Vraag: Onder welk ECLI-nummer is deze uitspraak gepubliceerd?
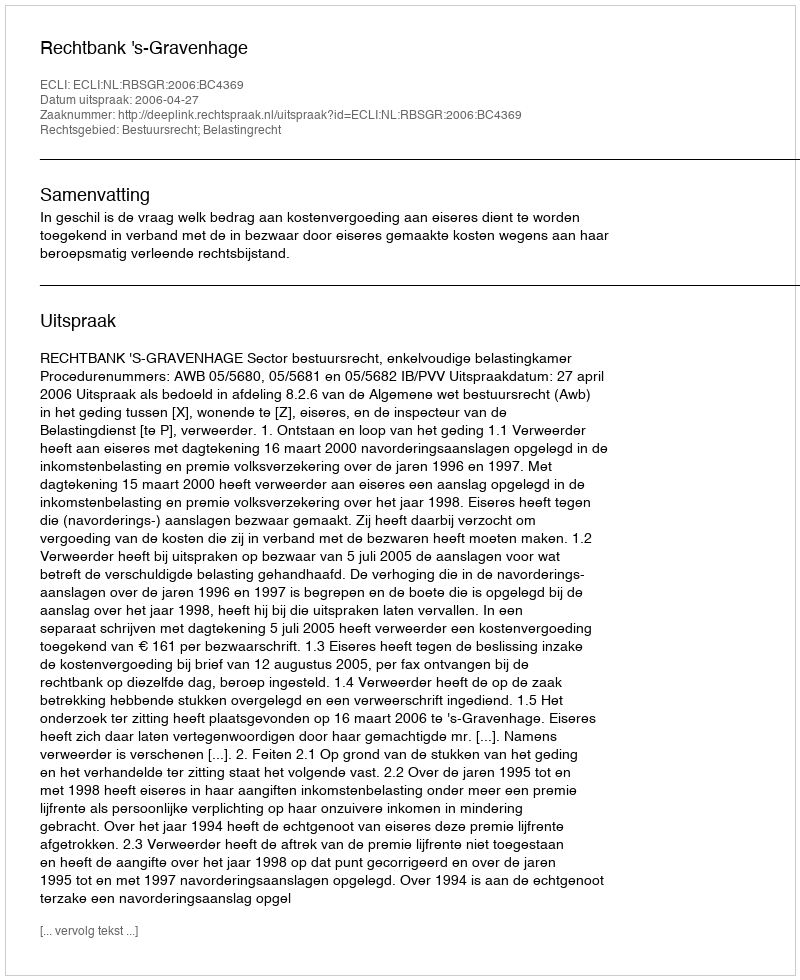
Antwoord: ECLI:NL:RBSGR:2006:BC4369